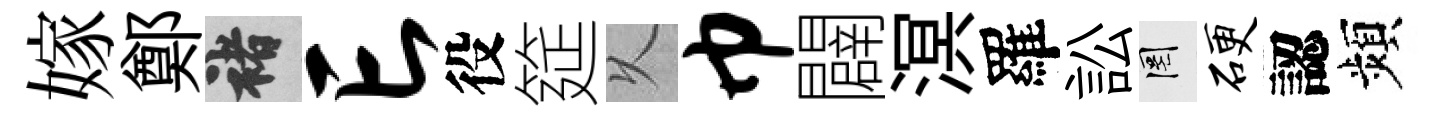
嫁鄭褚亡役筵乆巾闢溟羅訟罔硬認頻